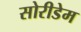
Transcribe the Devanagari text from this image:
सोरीडेम